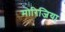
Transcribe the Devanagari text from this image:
मोरिजिया